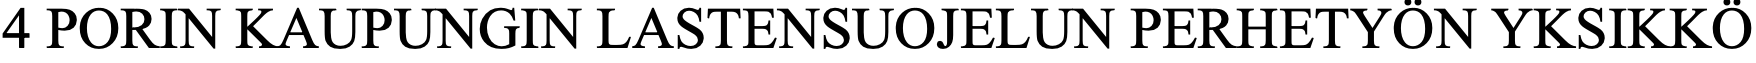
4 PORIN KAUPUNGIN  LASTENSUOJELUN    PERHETYÖN   YKSIKKÖ